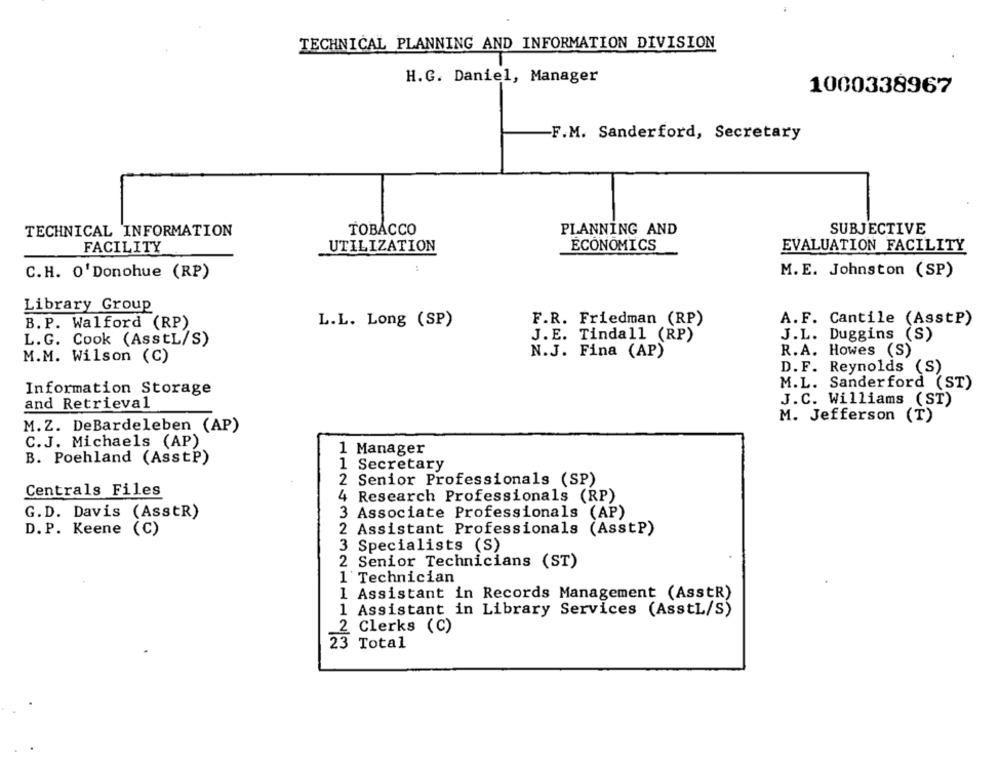
TECHNICAL PLANNING AND INFORMATION DIVISION
H.G. Daniel, Manager
1000338967
F.M. Sanderford, Secretary
SUBJECTIVE
TECHNICAL INFORMATION
TOBACCO
PLANNING AND
FACILITY
UTILIZATION
ECONOMICS
EVALUATION FACILITY
C.H. O'Donohue (RP)
M. E. Johnston (SP)
Library Group
F.R. Friedman (RP)
A.F. Cantile (AsstP)
B. P. Walford (RP)
L.L. Long (SP)
J.E. Tindall (RP)
J.L. Duggins (S)
L.G. Cook (AsstL/S)
M.M. Wilson (C)
N.J. Fina (AP)
R.A. Howes (S)
D.F. Reynolds (S)
M.L.
Sanderford (ST)
Information Storage
and Retrieval
J.C. Williams (ST)
M. Jefferson (T)
M.Z. DeBardeleben (AP)
C.J. Michaels (AP)
1 Manager
B. Poehland (AsstP)
1 Secretary
2 Senior Professionals (SP)
Centrals Files
4 Research Professionals (RP)
G.D. Davis (AsstR)
3 Associate Professionals (AP)
D. P. Keene (C)
2 Assistant Professionals (AsstP)
3 Specialists (S)
2 Senior Technicians (ST)
1 Technician
1 Assistant in Records Management (AsstR)
1 Assistant in Library Services (AsstL/S)
2 Clerks (C)
3 Total